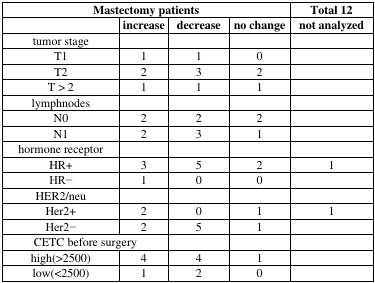
<table><thead><tr><td colspan="4"><b>Mastectomy patients</b></td><td><b>Total 12</b></td></tr><tr><td></td><td><b>increase</b></td><td><b>decrease</b></td><td><b>no change</b></td><td><b>not analyzed</b></td></tr></thead><tbody><tr><td>tumor stage</td><td></td><td></td><td></td><td></td></tr><tr><td>T1</td><td>1</td><td>1</td><td>0</td><td></td></tr><tr><td>T2</td><td>2</td><td>3</td><td>2</td><td></td></tr><tr><td>T &gt; 2</td><td>1</td><td>1</td><td>1</td><td></td></tr><tr><td>lymphnodes</td><td></td><td></td><td></td><td></td></tr><tr><td>N0</td><td>2</td><td>2</td><td>2</td><td></td></tr><tr><td>N1</td><td>2</td><td>3</td><td>1</td><td></td></tr><tr><td>hormone receptor</td><td></td><td></td><td></td><td></td></tr><tr><td>HR+</td><td>3</td><td>5</td><td>2</td><td>1</td></tr><tr><td>HR−</td><td>1</td><td>0</td><td>0</td><td></td></tr><tr><td>HER2/neu</td><td></td><td></td><td></td><td></td></tr><tr><td>Her2+</td><td>2</td><td>0</td><td>1</td><td>1</td></tr><tr><td>Her2−</td><td>2</td><td>5</td><td>1</td><td></td></tr><tr><td colspan="2">CETC before surgery</td><td></td><td></td><td></td></tr><tr><td>high(&gt;2500)</td><td>4</td><td>4</td><td>1</td><td></td></tr><tr><td>low(&lt;2500)</td><td>1</td><td>2</td><td>0</td><td></td></tr></tbody></table>